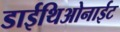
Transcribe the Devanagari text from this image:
डाईथिओनाईट